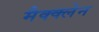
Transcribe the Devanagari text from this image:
मैक्क्लेन